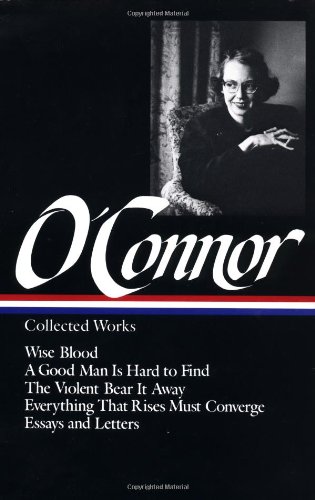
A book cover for Flannery O'Connor : Collected Works : Wise Blood / A Good Man Is Hard to Find / The Violent Bear It Away / Everything that Rises Must Converge / Essays & Letters (Library of America); Flannery O'Connor; Literature & Fiction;